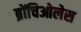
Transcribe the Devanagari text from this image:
ब्रोंचिओलेस